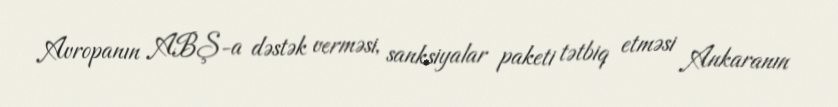
Avropanın ABŞ-a dəstək verməsi, sanksiyalar paketi tətbiq etməsi Ankaranın